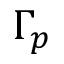
\Gamma _ { p }